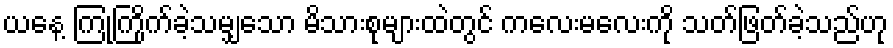
ယနေ့ ကြုံကြိုက်ခဲ့သမျှသော မိသားစုများထဲတွင် ကလေးမလေးကို သတ်ဖြတ်ခဲ့သည်ဟု